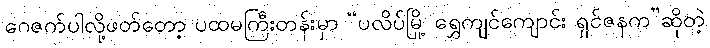
ဂေဇက်ပါလို့ဖတ်တော့ ပထမကြီးတန်းမှာ “ပလိပ်မြို့ ရွှေကျင်ကျောင်း ရှင်ဇနက”ဆိုတဲ့